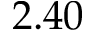
2 . 4 0